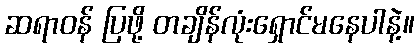
ဆရာဝန် ပြဖို့ တချိန်လုံးရှောင်မနေပါနဲ့။